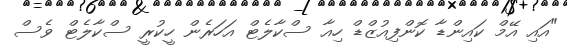
"އައި އޭމް ކައިންޑާ ކޮންފިއުޒްޑް ހިއާ ސްކާލެޓް އަހަރެން ހީކުރީ ސްކާލެޓް ވެސް